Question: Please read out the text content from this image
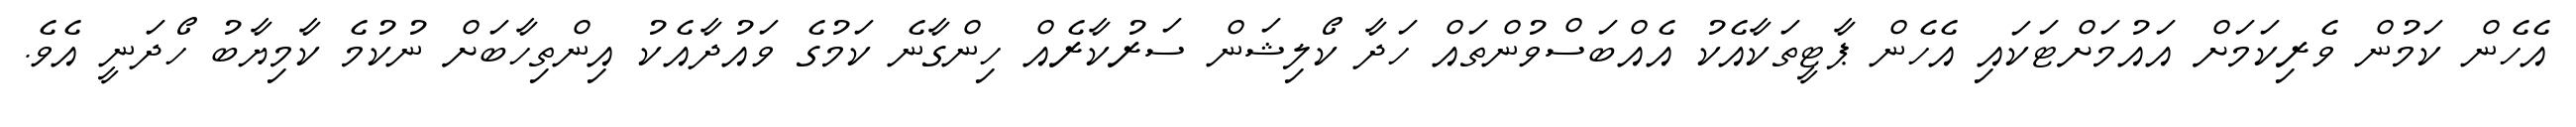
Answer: އެހެން ކަމުން ވެރިކަމަށް އައުމަށްޓަކައި އެހެން ޕާޓީތަކާއެކު އެއްބަސްވުންތައް ހަދާ ކޯލިޝަން ސަރުކާރެއް ހިންގާނެ ކަމުގެ ވައުދާއެކު އިންތިހާބަށް ނުކުމެ ކާމިޔާބު ހޯދަނީ އެވެ.